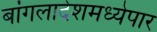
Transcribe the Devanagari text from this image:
बांगलादेशमध्येपार